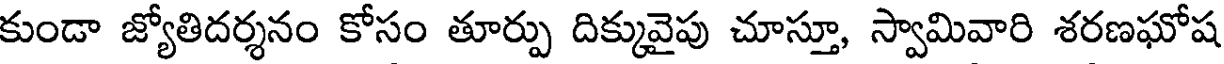
కుండా జ్యోతిదర్శనం కోసం తూర్పు దిక్కువైపు చూస్తూ, స్వామివారి శరణఘోష